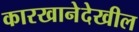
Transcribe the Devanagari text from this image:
कारखानेदेखील